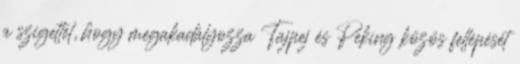
a szigettel, hogy megakadályozza Tajpej és Peking közös fellépését